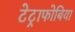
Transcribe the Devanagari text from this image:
टेट्राफोबिया